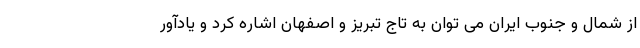
از شمال و جنوب ایران می توان به تاج تبریز و اصفهان اشاره کرد و یادآور